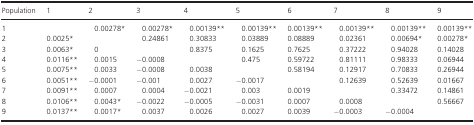
| Population | 1 | 2 | 3 | 4 | 5 | 6 | 7 | 8 | 9 |
 | --- | --- | --- | --- | --- | --- | --- | --- | --- | --- |
 | 1 |  | 0.00278* | 0.00278* | 0.00139** | 0.00139** | 0.00139** | 0.00139** | 0.00139** | 0.00139** |
 | 2 | 0.0025* |  | 0.24861 | 0.30833 | 0.03889 | 0.08889 | 0.02361 | 0.00694* | 0.00278* |
 | 3 | 0.0063* | 0 |  | 0.8375 | 0.1625 | 0.7625 | 0.37222 | 0.94028 | 0.14028 |
 | 4 | 0.0116** | 0.0015 | −0.0008 |  | 0.475 | 0.59722 | 0.81111 | 0.98333 | 0.06944 |
 | 5 | 0.0075** | 0.0033 | −0.0008 | 0.0038 |  | 0.58194 | 0.12917 | 0.70833 | 0.26944 |
 | 6 | 0.0051** | −0.0001 | −0.001 | 0.0027 | −0.0017 |  | 0.12639 | 0.52639 | 0.01667 |
 | 7 | 0.0091** | 0.0007 | 0.0004 | −0.0021 | 0.003 | 0.0019 |  | 0.33472 | 0.14861 |
 | 8 | 0.0106** | 0.0043* | −0.0022 | −0.0005 | −0.0031 | 0.0007 | 0.0008 |  | 0.56667 |
 | 9 | 0.0137** | 0.0017* | 0.0037 | 0.0026 | 0.0027 | 0.0039 | −0.0003 | −0.0004 |  |